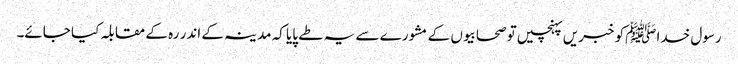
رسول خدا ﷺکو خبریں پہنچیں تو صحابیوں کے مشورے سے یہ طے پایا کہ مدینہ کے اندر رہ کے مقابلہ کیا جائے۔